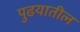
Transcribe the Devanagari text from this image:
पुढयातील